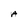
Character: A